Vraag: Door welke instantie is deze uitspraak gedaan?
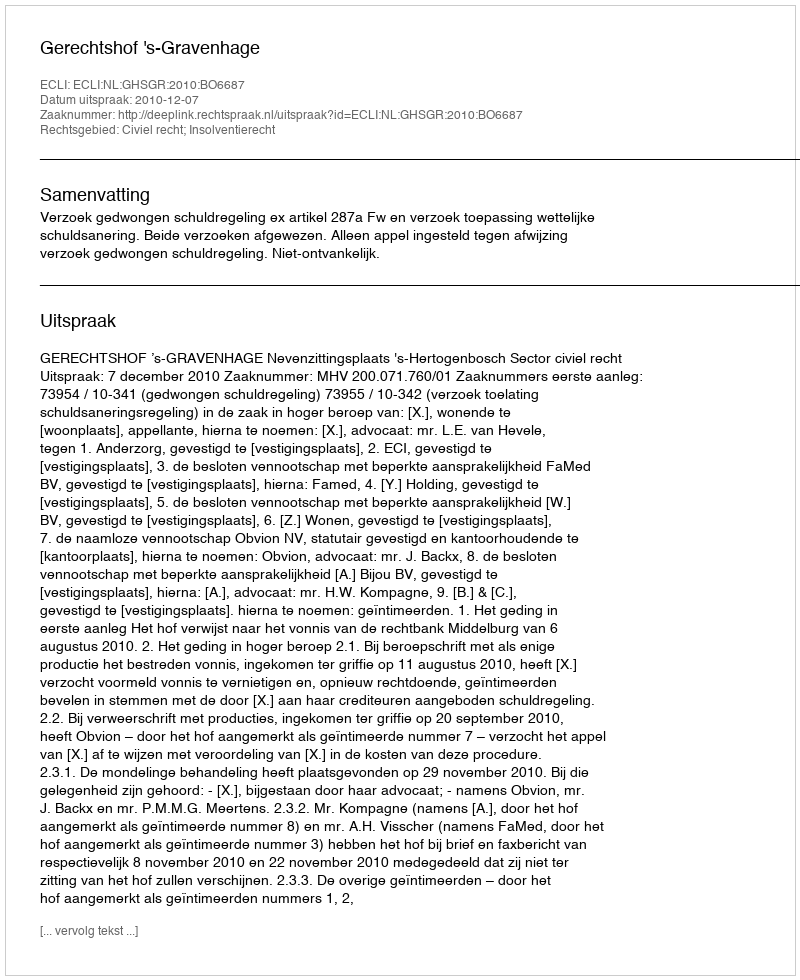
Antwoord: Gerechtshof 's-Gravenhage